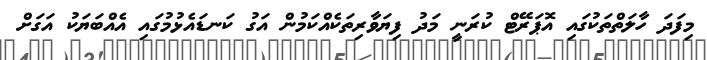
މިފަދަ ހާލަތްތަކުގައި އޮޕަރޭޓް ކުރަނީ މަދު ފިޔަވާރިތަކެއްކަމުން އަގު ކަނޑައެޅުމުގައި އެއްބަޔަކު އަގަށް